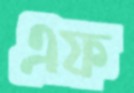
এফ